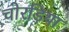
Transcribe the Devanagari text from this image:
चोरड़िया